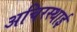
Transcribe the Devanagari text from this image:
अचिरस्थाई